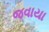
જવાયા